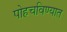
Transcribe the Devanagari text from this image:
पोहचविण्यात